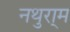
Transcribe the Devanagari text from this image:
नथुरा्म